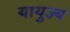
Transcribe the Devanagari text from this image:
यायुज्य